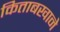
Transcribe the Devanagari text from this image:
किताबखाने